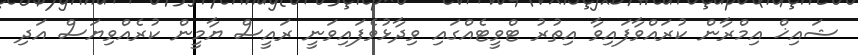
ޝައިޚް އިމްރާން ކުރައްވާފައިވާ އިތުރު ޓްވީޓެއްގައި ވިދާޅުވެފައިވަނީ ރައީސް ޔާމީން ކުރެއްވިޔަސް އަދި